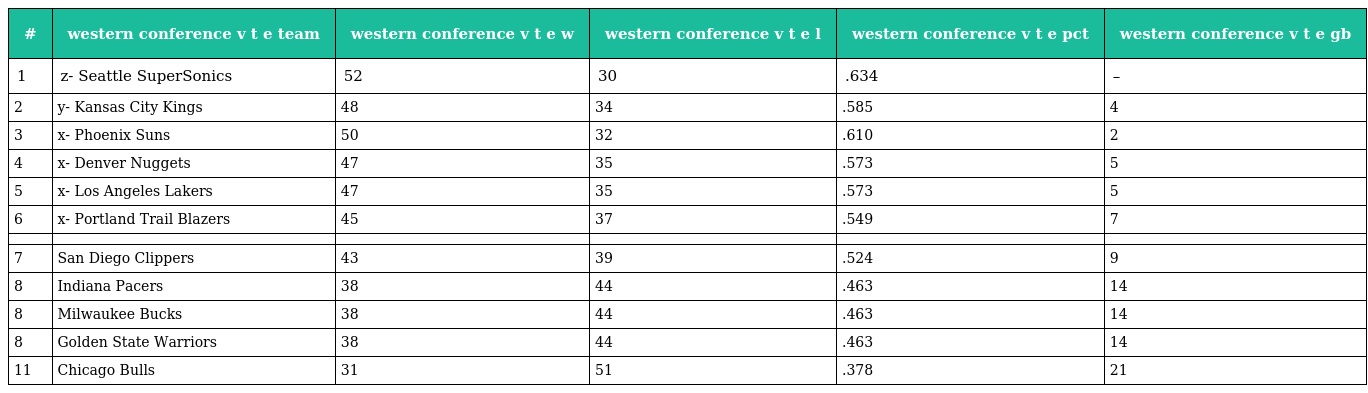
| # | western conference v t e team | western conference v t e w | western conference v t e l | western conference v t e pct | western conference v t e gb |
 | --- | --- | --- | --- | --- | --- |
 | 1 | z- Seattle SuperSonics | 52 | 30 | .634 | – |
 | 2 | y- Kansas City Kings | 48 | 34 | .585 | 4 |
 | 3 | x- Phoenix Suns | 50 | 32 | .610 | 2 |
 | 4 | x- Denver Nuggets | 47 | 35 | .573 | 5 |
 | 5 | x- Los Angeles Lakers | 47 | 35 | .573 | 5 |
 | 6 | x- Portland Trail Blazers | 45 | 37 | .549 | 7 |
 |  |  |  |  |  |  |
 | 7 | San Diego Clippers | 43 | 39 | .524 | 9 |
 | 8 | Indiana Pacers | 38 | 44 | .463 | 14 |
 | 8 | Milwaukee Bucks | 38 | 44 | .463 | 14 |
 | 8 | Golden State Warriors | 38 | 44 | .463 | 14 |
 | 11 | Chicago Bulls | 31 | 51 | .378 | 21 |